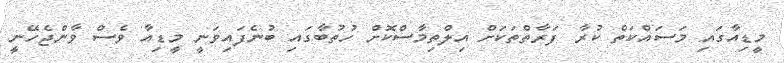
މީޑިއާގައި މަސައްކަތް ކުރާ ފަރާތްތަކަށް އިލްތިމާސްކޮށް ހުތުބާގައި ބުނެފައިވަނީ މީޑިއާ ވެސް ވާންޖެހޭނީ